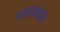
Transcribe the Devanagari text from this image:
फडकतात